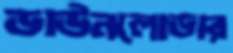
ডাউনলোডার